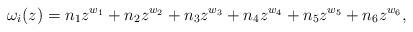
LaTeX: \begin{align*}\omega_i(z)=n_1z^{w_1}+n_2z^{w_2}+n_3z^{w_3}+n_4z^{w_4}+n_5z^{w_5}+n_6z^{w_6},\end{align*}